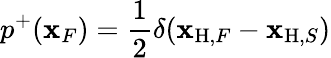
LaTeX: p^{+}({\mathbf x}_{F})=\frac{1}{2}\delta({\mathbf x}_{\mathrm{H},F}-{\mathbf x}_{\mathrm{H},S})